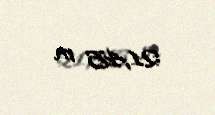
21,45 m